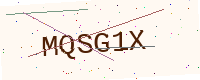
Text: MQSG1X